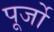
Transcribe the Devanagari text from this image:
पूर्जो